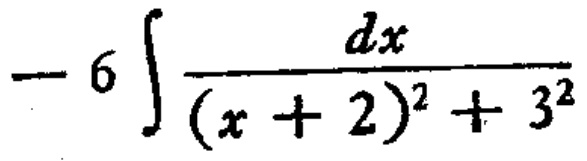
\(- 6 \int \frac{dx}{(x + 2)^{2} + 3^{2}}\)